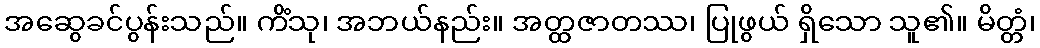
အဆွေခင်ပွန်းသည်။ ကိံသု၊ အဘယ်နည်း။ အတ္ထဇာတဿ၊ ပြုဖွယ် ရှိသော သူ၏။ မိတ္တံ၊